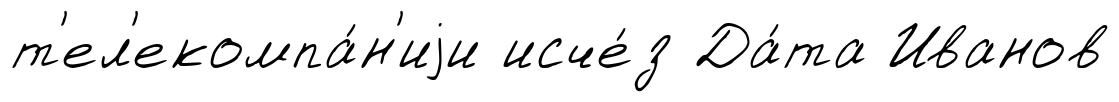
т'ел'екомпа́н'иjи исче́з Да́та Иванов